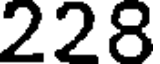
228